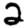
Digit: 2